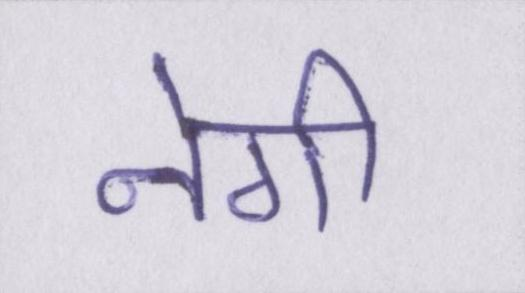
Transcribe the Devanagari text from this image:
नेगी